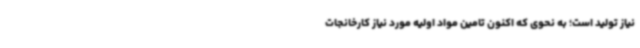
نیاز تولید است؛ به نحوی که اکنون تامین مواد اولیه مورد نیاز کارخانجات